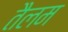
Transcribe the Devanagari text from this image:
तैलम